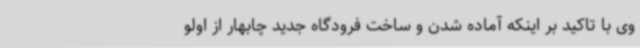
وی با تاکید بر اینکه آماده شدن و ساخت فرودگاه جدید چابهار از اولو